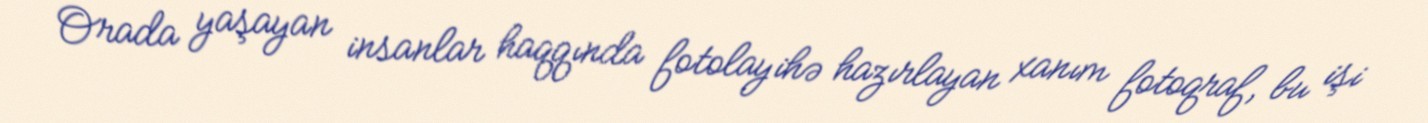
Orada yaşayan insanlar haqqında fotolayihə hazırlayan xanım fotoqraf, bu işi